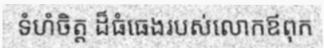
ទំហំចិត្ត ដ៏ធំធេងរបស់លោកឪពុក